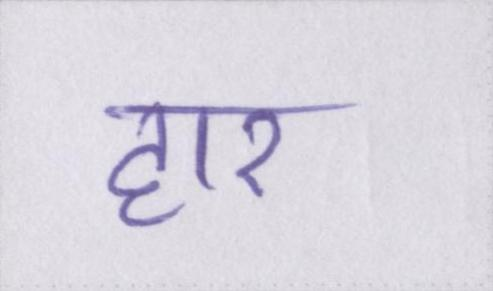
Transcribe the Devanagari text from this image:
हार